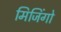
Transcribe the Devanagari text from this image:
मिजिंगो